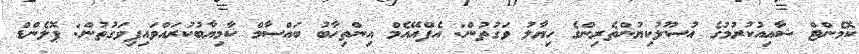
ކޮމެންޓް ޝާއިއުކުރުމުގެ އުސޫލުކިޔުންތެރިންގެ ހިޔާލު ވަގުތުން: އެފްއޭއެމް އިންތިހާބު ބައްސާމް ކާމިޔާބުކުރައްވައިފިވަގުތުން: ޕޮލެންޑް